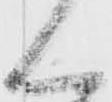
く